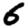
Digit: 6